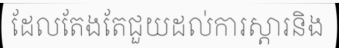
ដែលតែងតែជួយដល់ការស្តារនិង